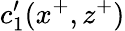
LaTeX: c_{1}^{\prime}(x^{+},z^{+})